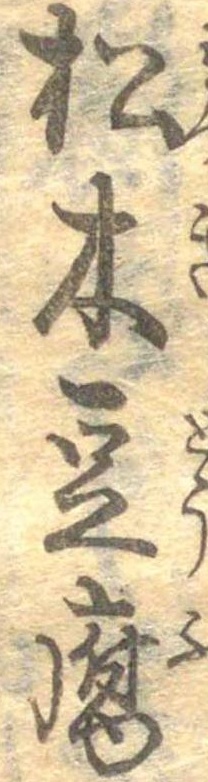
松木豆腐